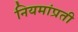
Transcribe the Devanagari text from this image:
नियमांप्रती